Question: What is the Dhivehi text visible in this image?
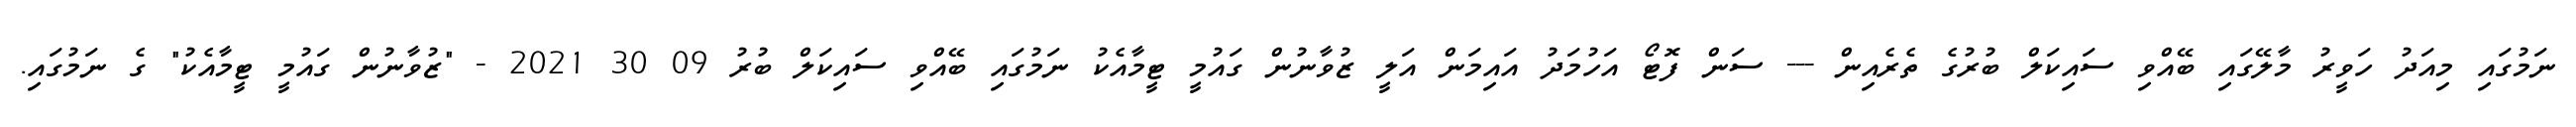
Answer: ނަމުގައި މިއަދު ހަވީރު މާލޭގައި ބޭއްވި ސައިކަލް ބުރުގެ ތެރެއިން --- ސަން ފޮޓޯ އަހުމަދު އައިމަން އަލީ ޒުވާނުން ގައުމީ ޓީމާއެކު ނަމުގައި ބޭއްވި ސައިކަލް ބުރު 09 30 2021 - "ޒުވާނުން ގައުމީ ޓީމާއެކު" ގެ ނަމުގައި.